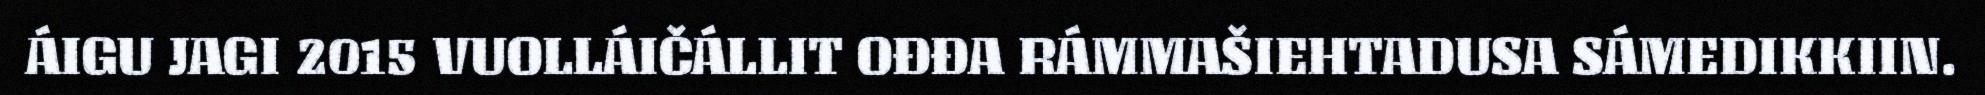
ÁIGU JAGI 2015 VUOLLÁIČÁLLIT OĐĐA RÁMMAŠIEHTADUSA SÁMEDIKKIIN.